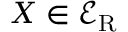
X \in \mathcal { E } _ { \mathrm { R } }